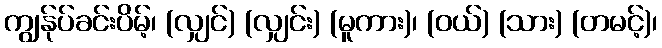
ကျွန်ုပ်ခင်းပိမ့်၊ (လျှင်) (လျှင်း) (မူကား)၊ (ဝယ်) (သား) (တမင့်)၊